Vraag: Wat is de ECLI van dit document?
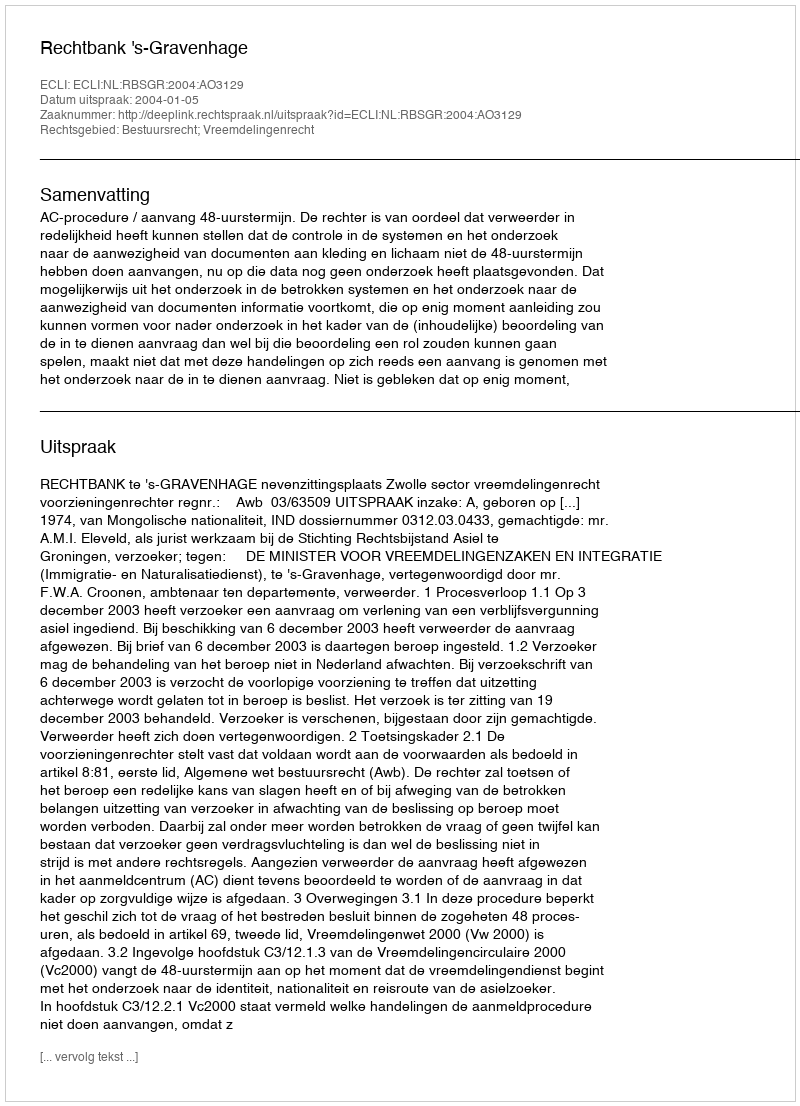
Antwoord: ECLI:NL:RBSGR:2004:AO3129